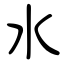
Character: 水